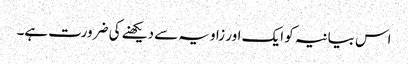
اس بیانیہ کو ایک اور زاویہ سے دیکھنے کی ضرورت ہے۔